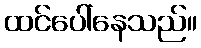
ထင်ပေါ်နေသည်။